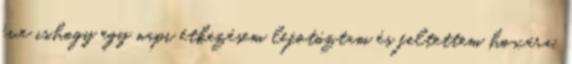
éve is,hogy egy napi étkezésem lefotóztam és feltettem hoxára.